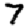
Digit: 7